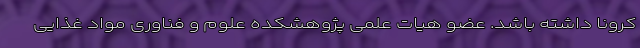
کرونا داشته باشد. عضو هیات علمی پژوهشکده علوم و فناوری مواد غذایی